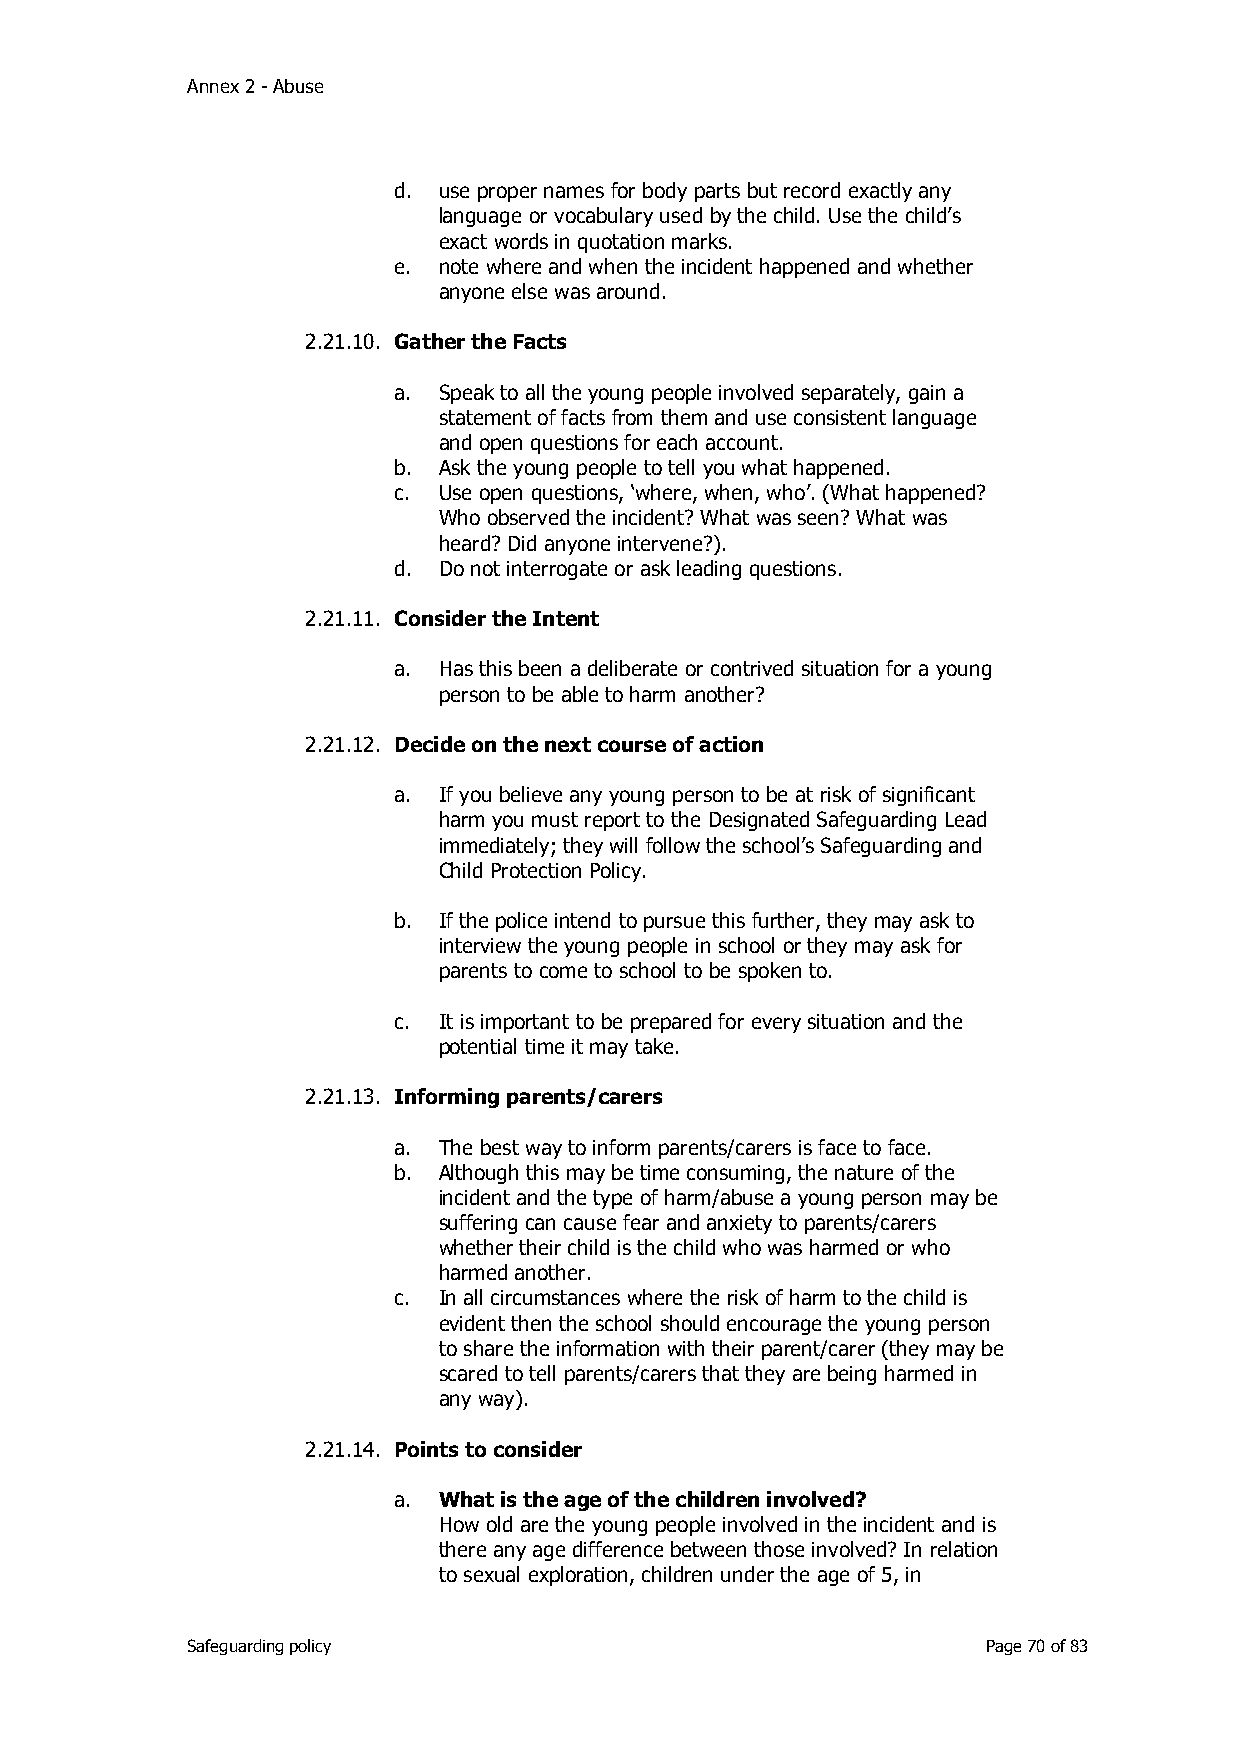
Annex 2 - Abuse
 d. use proper names for body parts but record exactly any
 language or vocabulary used by the child. Use the child’s
 exact words in quotation marks.
 e. note where and when the incident happened and whether
 anyone else was around.
 2.21.10. Gather the Facts
 a. Speak to all the young people involved separately, gain a
 statement of facts from them and use consistent language
 and open questions for each account.
 b. Ask the young people to tell you what happened.
 c. Use open questions, ‘where, when, who’. (What happened?
 Who observed the incident? What was seen? What was
 heard? Did anyone intervene?).
 d. Do not interrogate or ask leading questions.
 2.21.11. Consider the Intent
 a. Has this been a deliberate or contrived situation for a young
 person to be able to harm another?
 2.21.12. Decide on the next course of action
 a. If you believe any young person to be at risk of significant
 harm you must report to the Designated Safeguarding Lead
 immediately; they will follow the school’s Safeguarding and
 Child Protection Policy.
 b. If the police intend to pursue this further, they may ask to
 interview the young people in school or they may ask for
 parents to come to school to be spoken to.
 c. It is important to be prepared for every situation and the
 potential time it may take.
 2.21.13. Informing parents/carers
 a. The best way to inform parents/carers is face to face.
 b. Although this may be time consuming, the nature of the
 incident and the type of harm/abuse a young person may be
 suffering can cause fear and anxiety to parents/carers
 whether their child is the child who was harmed or who
 harmed another.
 c. In all circumstances where the risk of harm to the child is
 evident then the school should encourage the young person
 to share the information with their parent/carer (they may be
 scared to tell parents/carers that they are being harmed in
 any way).
 2.21.14. Points to consider
 a. What is the age of the children involved?
 How old are the young people involved in the incident and is
 there any age difference between those involved? In relation
 to sexual exploration, children under the age of 5, in
 Safeguarding policy                                  Page 70 of 83